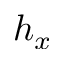
h _ { x }